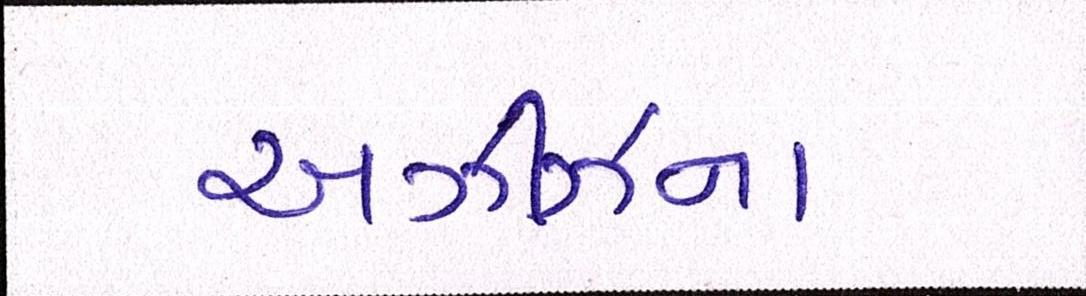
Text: અઝીઝના